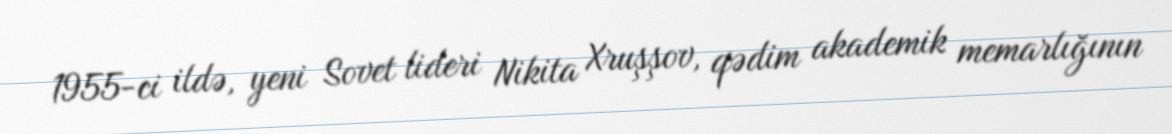
1955-ci ildə, yeni Sovet lideri Nikita Xruşşov, qədim akademik memarlığının